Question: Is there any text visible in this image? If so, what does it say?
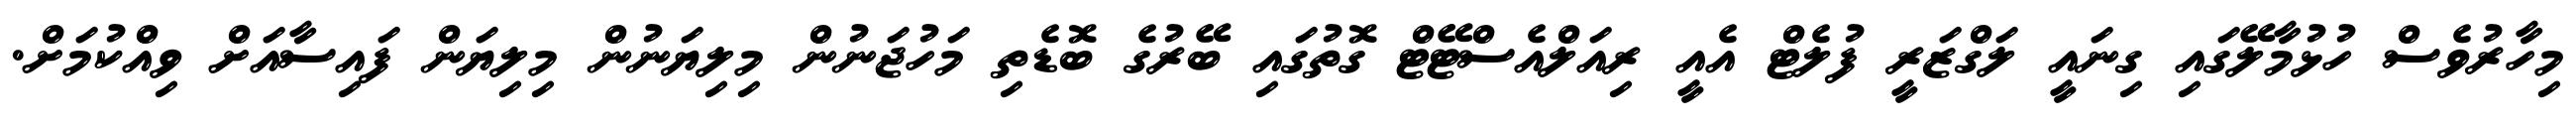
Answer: މިހާރުވެސް ހުޅުމާލޭގައި ގިނައީ ލަގްޒަރީ ފުލެޓް އެއީ ރިއަލްއެސްޓޭޓް ގޮތުގައި ބޭރުގެ ބޮޑެތި މަހުޖަނުން މިލިޔަނުން މިލިޔަން ފައިސާއަށް ވިއްކުމަށް.